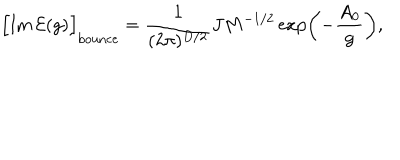
\Bigl [ \mathrm { I m } \, { \cal E } ( g ) \Bigr ] _ { \mathrm { b o u n c e } } = \frac { 1 } { ( 2 \pi ) ^ { D / 2 } } J M ^ { - 1 / 2 } \exp \left( - \frac { A _ { 0 } } { g } \right) ,